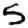
Digit: 5